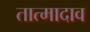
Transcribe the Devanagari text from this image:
तात्मादाव